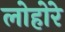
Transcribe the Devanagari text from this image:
लोहोरे